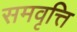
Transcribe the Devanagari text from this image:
समवृत्ति